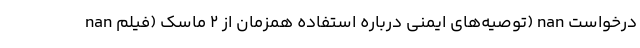
nan توصیه‌های ایمنی درباره استفاده همزمان از ۲ ماسک (فیلم) nan درخواست